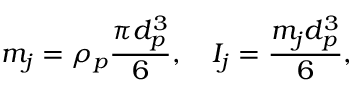
m _ { j } = \rho _ { p } \frac { \pi d _ { p } ^ { 3 } } { 6 } , \quad I _ { j } = \frac { m _ { j } d _ { p } ^ { 3 } } { 6 } ,